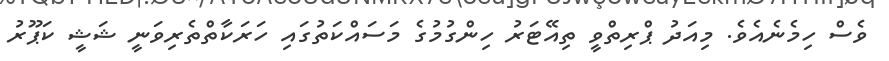
ވެސް ހިމެނެއެވެ. މިއަދު ޕްރިތްވީ ތިއޭޓަރު ހިންގުމުގެ މަސައްކަތުގައި ހަރަކާތްތެރިވަނީ ޝަޝީ ކަޕޫރު